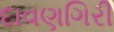
દાવણગિરી